Document type: bank_statement
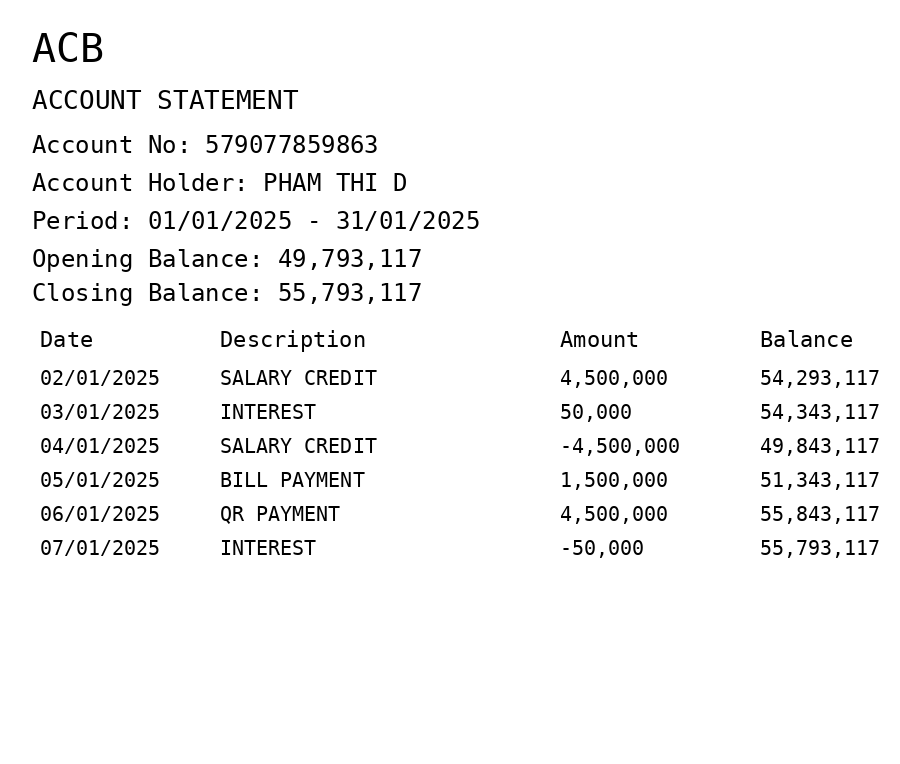
OCR transcript:
ACB
ACCOUNT STATEMENT
Account No: 579077859863
Account Holder: PHAM THI D
Period: 01/01/2025 - 31/01/2025
Opening Balance: 49,793,117
Closing Balance: 55,793,117
Date
Description
Amount
Balance
02/01/2025
SALARY CREDIT
4,500,000
54,293,117
03/01/2025
INTEREST
50,000
54,343,117
04/01/2025
SALARY CREDIT
-4,500,000
49,843,117
05/01/2025
BILL PAYMENT
1,500,000
51,343,117
06/01/2025
QR PAYMENT
4,500,000
55,843,117
07/01/2025
INTEREST
-50,000
55,793,117
Extracted fields:
bank_name: acb
account_number: 579077859863
account_holder: pham thi d
statement_period: 01/01/2025 - 31/01/2025
opening_balance: 49793117
closing_balance: 55793117
transactions: date: 2025-01-02
description: salary credit
amount: 4500000
balance: 54293117
date: 2025-01-03
description: interest
amount: 50000
balance: 54343117
date: 2025-01-04
description: salary credit
amount: -4500000
balance: 49843117
date: 2025-01-05
description: bill payment
amount: 1500000
balance: 51343117
date: 2025-01-06
description: qr payment
amount: 4500000
balance: 55843117
date: 2025-01-07
description: interest
amount: -50000
balance: 55793117